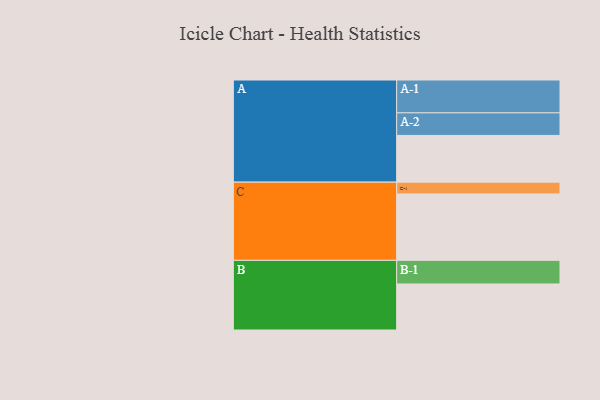
{"axis": {"x": "Segment", "y": "Value"}, "legend": ["", "A", "B", "C"], "data": [{"x": "A", "y": 404, "type": ""}, {"x": "B", "y": 398, "type": ""}, {"x": "C", "y": 574, "type": ""}, {"x": "A-1", "y": 284, "type": "A"}, {"x": "A-2", "y": 195, "type": "A"}, {"x": "B-1", "y": 204, "type": "B"}, {"x": "C-1", "y": 102, "type": "C"}]}